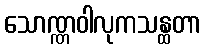
သောဏ္ဏဝါလုကသန္ထတာ